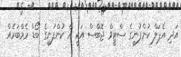
އަދި އެޕަލް ކުންފުނީގެ ސްޓީވް ޖޮބްސް އަކީ އެ ކުންފުނީގެ ބޯޑް މެމްބަރެއް